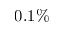
0 . 1 \%